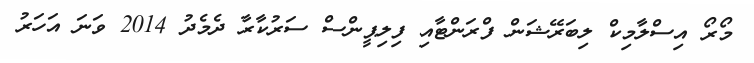
މޯރޯ އިސްލާމިކް ލިބަރޭޝަން ފްރަންޓާއި ފިލިޕީންސް ސަރުކާރާ ދެމެދު 2014 ވަނަ އަހަރު